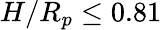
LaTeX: H/R_{p}\leq 0.81